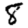
Digit: 8